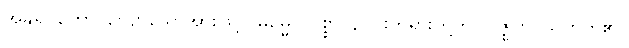
အနုရူပတော၊ လျော်သောအားဖြင့်။ ဓမ္မေ၊ သစ္စာ ၄-ပါးတရားတို့ကို။ ဗုဇ္ဈတိ၊ သိတတ်၏။